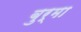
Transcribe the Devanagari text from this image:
बुर्मा